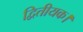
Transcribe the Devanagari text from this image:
द्वितीयक।